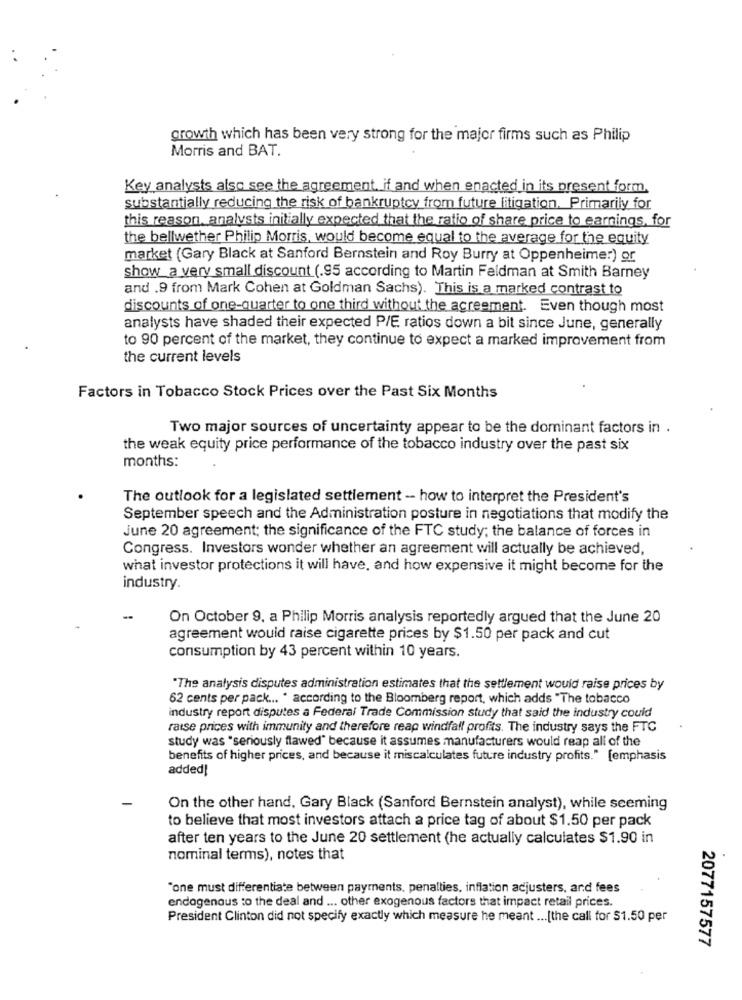
growth which has been very strong for the major firms such as Philip
Morris and BAT.
Key analysts also see the agreement. if and when enacted in its present form.
substantially reducing the risk of bankruptcy from future litigation. Primarily for
this reason, analysts initially expected that the ratio of share price to earnings, for
the bellwether Philip Morris, would become equal to the average for the equity
market (Gary Black at Sanford Bernstein and Roy Burry at Oppenheimer) or
show_a very small discount (.95 according to Martin Feldman at Smith Barney
and .9 from Mark Cohen at Goldman Sachs). This is a marked contrast to
discounts of one-quarter to one third without the agreement. Even though most
analysts have shaded their expected P/E ratios down a bit since June, generally
to 90 percent of the market, they continue to expect a marked improvement from
the current levels
Factors in Tobacco Stock Prices over the Past Six Months
Two major sources of uncertainty appear to be the dominant factors in .
the weak equity price performance of the tobacco industry over the past six
months:
The outlook for a legislated settlement - how to interpret the President's
September speech and the Administration posture in negotiations that modify the
June 20 agreement; the significance of the FTC study; the balance of forces in
Congress. Investors wonder whether an agreement will actually be achieved,
what investor protections it will have, and how expensive it might become for the
industry.
On October 9, a Philip Morris analysis reportedly argued that the June 20
agreement would raise cigarette prices by $1.50 per pack and cut
consumption by 43 percent within 10 years.
"The analysis disputes administration estimates that the settlement would raise prices by
62 cents per pack ... " according to the Bloomberg report, which adds "The tobacco
industry report disputes a Federal Trade Commission study that said the industry could
raise prices with immunity and therefore reap windfall profits. The industry says the FTC
study was "seriously flawed" because it assumes manufacturers would reap all of the
benefits of higher prices, and because it miscalculates future industry profits." [emphasis
added!
On the other hand, Gary Black (Sanford Bernstein analyst), while seeming
to believe that most investors attach a price tag of about $1.50 per pack
after ten years to the June 20 settlement (he actually calculates $1.90 in
nominal terms), notes that
"one must differentiate between payments, penalties, inflation adjusters, and fees
endogenous to the deal and ... other exogenous factors that impact retail prices.
President Clinton did not specify exactly which measure he meant ... [the call for $1.50 per
2077157577